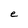
Character: e